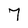
Character: 7